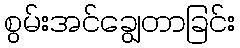
စွမ်းအင်ချွေတာခြင်း